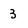
Character: 3